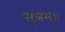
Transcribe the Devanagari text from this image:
सूत्रम्॥